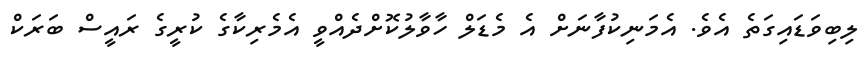
ލިބިވަޑައިގަތެ އެވެ. އެމަނިކުފާނަށް އެ މެޑަލް ހާވާލުކޮށްދެއްވީ އެމެރިކާގެ ކުރީގެ ރައީސް ބަރަކް